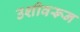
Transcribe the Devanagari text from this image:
उशीवरून